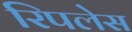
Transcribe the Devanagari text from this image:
रिपलेस